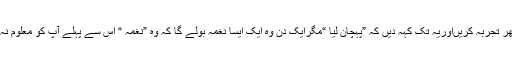
آپ عمر بھر تجربہ کریںاوریہ تک کہہ دیں کہ ”پہچان لیا “مگرایک دن وہ ایک ایسا نغمہ بولے گا کہ وہ ”نغمہ “ اس سے پہلے آپ کو معلوم نہ ہوا ہو گا ۔